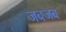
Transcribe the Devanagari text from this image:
जबजब